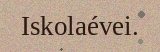
Iskolaévei.